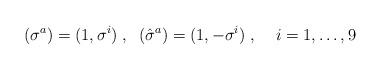
LaTeX: \begin{align*}(\sigma^a)=(1,\sigma^i)\;,\;\;(\hat{\sigma}^a)=(1,-\sigma^i)\;,\;\;\;\; i=1,\ldots,9\end{align*}